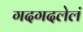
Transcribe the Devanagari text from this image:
गदगदलेलं